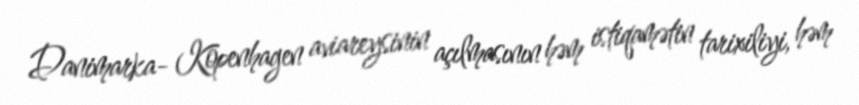
Danimarka- Kopenhagen aviareysinin açılmasının həm istiqamətin tarixiliyi, həm